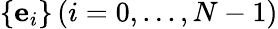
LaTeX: \{ {\mathbf{e}_{i}}\} \, (i=0,...,N-1)